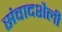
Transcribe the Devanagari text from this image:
संवादशैली